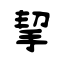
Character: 挈